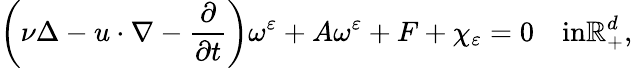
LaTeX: \left(\nu\Delta-u\cdot\nabla-\frac{\partial}{\partial t}\right)\omega^{\varepsilon}+A\omega^{\varepsilon}+F+\chi_{\varepsilon}=0\quad\textrm{in}\mathbb{R}_{+}^{d},